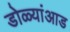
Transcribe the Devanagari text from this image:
डोळ्यांआड